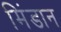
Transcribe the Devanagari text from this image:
मिंडान